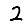
Digit: 2